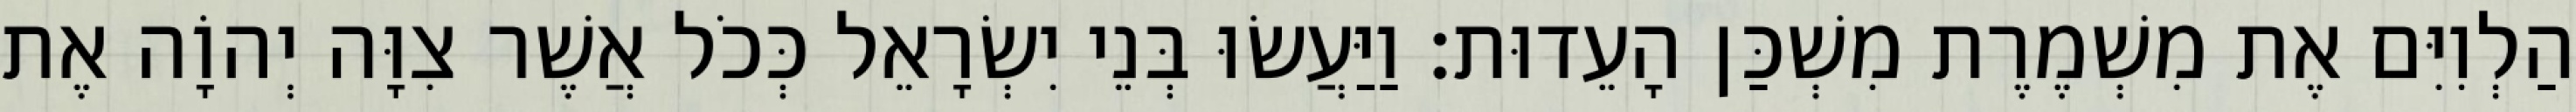
הַלְוִיִּם אֶת מִשְׁמֶרֶת מִשְׁכַּן הָעֵדוּת׃ וַיַּעֲשׂוּ בְּנֵי יִשְׂרָאֵל כְּכֹל אֲשֶׁר צִוָּה יְהוָֹה אֶת